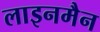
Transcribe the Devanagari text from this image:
लाइनमैन